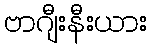
ဗာဂျီးနီးယား